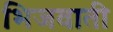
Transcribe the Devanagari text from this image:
भिजवाती